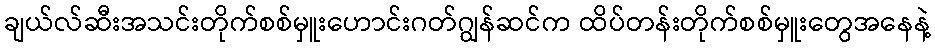
ချယ်လ်ဆီးအသင်းတိုက်စစ်မှူးဟောင်းဂတ်ဂျွန်ဆင်က ထိပ်တန်းတိုက်စစ်မှူးတွေအနေနဲ့